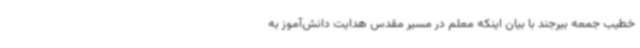
خطیب جمعه بیرجند با بیان اینکه معلم در مسیر مقدس هدایت دانش‌آموز به